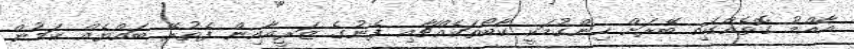
އާއްމު ގޮތެއްގައި ބޭރަށް ހިންގުމަކީ ކާބޯތަކެއްޗާއި ފެނުގެ ޒަރީއާއިން ފެތުރޭ ބައްޔެއް ކަމުން